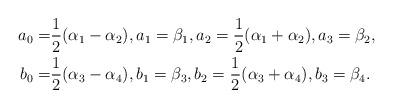
LaTeX: \begin{align*} a_0=&\frac{1}{2}(\alpha_1-\alpha_2), a_1 =\beta_1, a_2=\frac{1}{2}(\alpha_1+\alpha_2), a_3=\beta_2, \\ b_0=& \frac{1}{2}(\alpha_3-\alpha_4), b_1 =\beta_3, b_2=\frac{1}{2}(\alpha_3+\alpha_4), b_3=\beta_4. \end{align*}